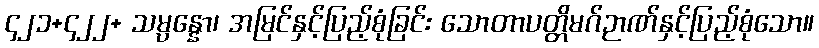
၄၂၁+၄၂၂+ သမ္ပန္နော၊ အမြင်နှင့်ပြည့်စုံခြင်း သောတာပတ္တိမဂ်ဉာဏ်နှင့်ပြည့်စုံသော။